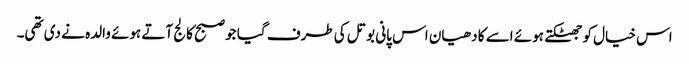
اس خیال کو جھٹکتے ہوئے اسے کا دھیان اس پانی بوتل کی طرف گیا جو صبح کالج آتے ہوئے والدہ نے دی تھی۔